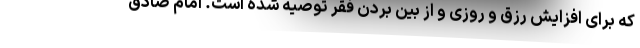
که برای افزایش رزق و روزی و از بین بردن فقر توصیه شده است. امام صادق